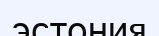
эстония